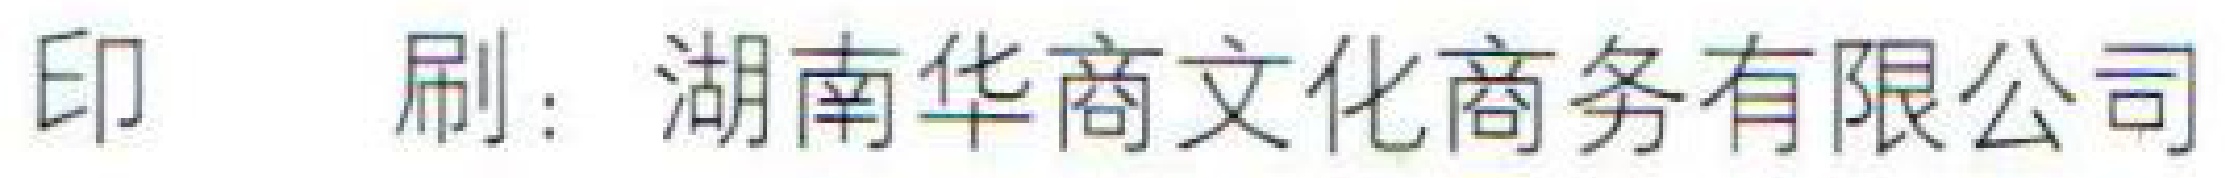
印 刷：湖南华商文化商务有限公司